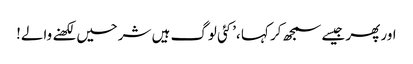
اور پھر جیسے سمجھ کر کہا ،’کئی لوگ ہیں شرحیں لکھنے والے!